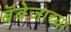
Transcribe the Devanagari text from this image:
बॅबेजाच्या